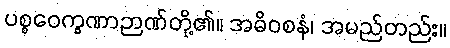
ပစ္စဝေက္ခဏာဉာဏ်တို့၏။ အဓိဝစနံ၊ အမည်တည်း။